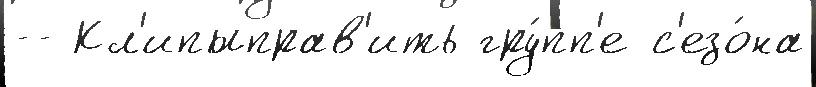
-- Кл'ипыправ'ить гру́пп'е с'езо́на